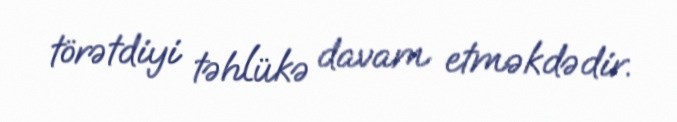
törətdiyi təhlükə davam etməkdədir.